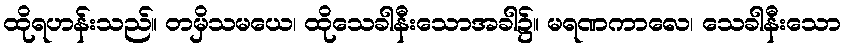
ထိုရဟန်းသည်။ တမှိသမယေ၊ ထိုသေခါနီးသောအခါ၌။ မရဏကာလေ၊ သေခါနီးသော